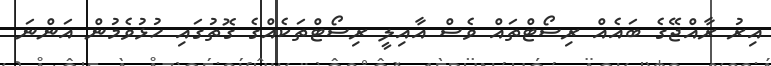
އިރު ރާއްޖޭގެ ބައެއް ރިސޯޓްތައް ވެސް އާއިލީ ރިސޯޓްތަކެއްގެ ގޮތުގައި ހުޅުވެމުން އަންނަ